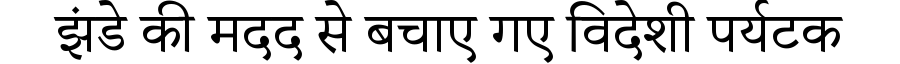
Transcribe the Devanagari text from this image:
झंडे की मदद से बचाए गए विदेशी पर्यटक